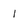
Character: 1